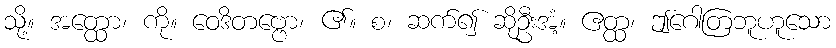
သို့။ အတ္ထော၊ ကို။ ဝေဒိတဗ္ဗော၊ ၏။ စ၊ ဆက်၍ ဆိုဦးအံ့။ ဧတ္ထ၊ ဤဂေါတြဘူဟူသော